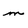
Character: m